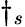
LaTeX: \dagger_{s}